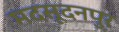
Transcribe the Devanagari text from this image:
मदसूदनपुर